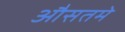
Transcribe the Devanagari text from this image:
औसतमे